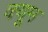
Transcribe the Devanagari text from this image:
क्यूम